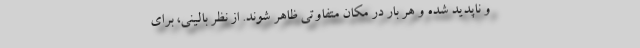
و ناپدید شده و هر بار در مکان متفاوتی ظاهر شوند. از نظر بالینی، برای